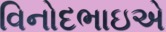
વિનોદભાઇએ